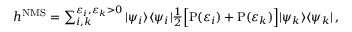
\begin{array} { r } { h ^ { \mathrm { N M S } } = \sum _ { i , k } ^ { \varepsilon _ { i } , \varepsilon _ { k } > 0 } | \psi _ { i } \rangle \langle \psi _ { i } | \frac { 1 } { 2 } \Big [ \mathrm { P } ( \varepsilon _ { i } ) + \mathrm { P } ( \varepsilon _ { k } ) \Big ] | \psi _ { k } \rangle \langle \psi _ { k } | \, , } \end{array}